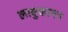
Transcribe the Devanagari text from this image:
लाबुकायन